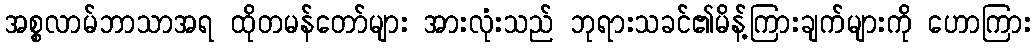
အစ္စလာမ်ဘာသာအရ ထိုတမန်တော်များ အားလုံးသည် ဘုရားသခင်၏မိန့်ကြားချက်များကို ဟောကြား